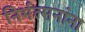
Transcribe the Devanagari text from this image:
निर्भत्सनांना